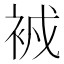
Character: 𧙠